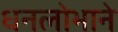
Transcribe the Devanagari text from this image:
धनलोभाने